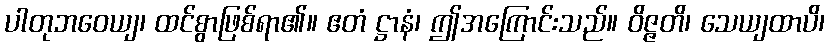
ပါတုဘဝေယျ၊ ထင်စွာဖြစ်ရာ၏။ ဧတံ ဋ္ဌာနံ၊ ဤအကြောင်းသည်။ ဝိဇ္ဇတိ၊ သေယျထာပိ၊